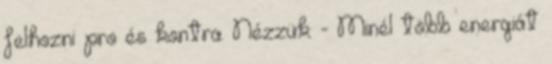
felhozni pro és kontra. Nézzük: - Minél több energiát